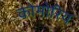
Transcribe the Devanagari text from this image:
कोमोरिय